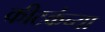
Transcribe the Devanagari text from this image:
कीटकंच्या